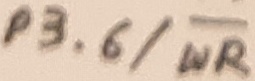
Text: P3.6/WR